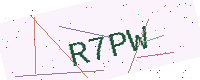
Text: R7PW